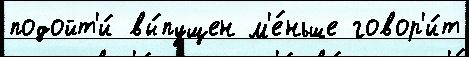
подойт'и́ вы́пущен м'е́ньше говор'и́т